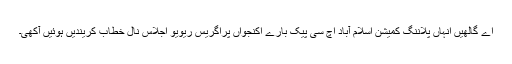
اے گالھیں انہاں پلاننگ کمیشن اسلام آباد اچ سی پیک بارے اکنجواں پراگریس ریویو اجلاس نال خطاب کریندیں ہوئیں آکھی۔